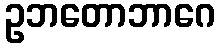
ဥဘတောဘာဂေ